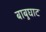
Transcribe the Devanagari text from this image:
बाबुघाट